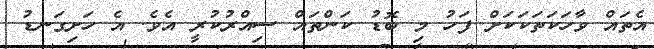
އެތައް ވާހަކަތަކަކަށް ފަހު މި ބޮޑު ކަންތައް ސިއްރުކުރީ އެވެ. އެ ހަށިގަނޑު